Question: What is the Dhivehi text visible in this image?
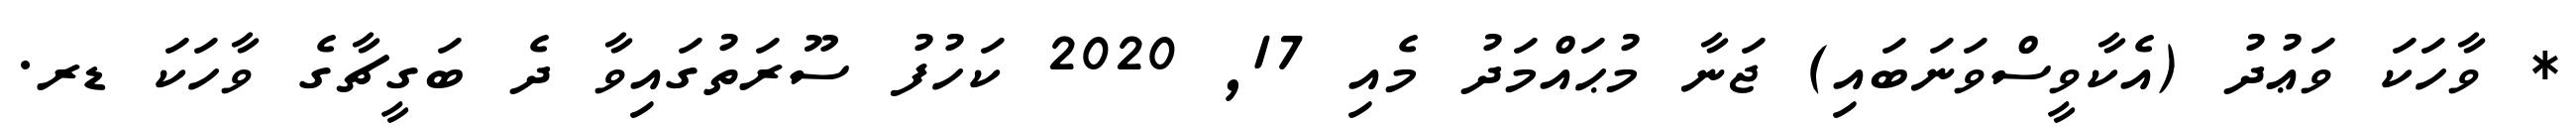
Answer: * ވާހަކަ ވަޢުދު (އެކާވީސްވަނަބައި) ޖަނާ މުޙައްމަދު މެއި 17, 2020 ކަހުފު ސޫރަތުގައިވާ ދެ ބަގީޗާގެ ވާހަކަ ޑރ.